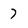
Character: 7